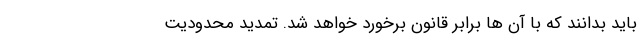
باید بدانند که با آن ها برابر قانون برخورد خواهد شد. تمدید محدودیت